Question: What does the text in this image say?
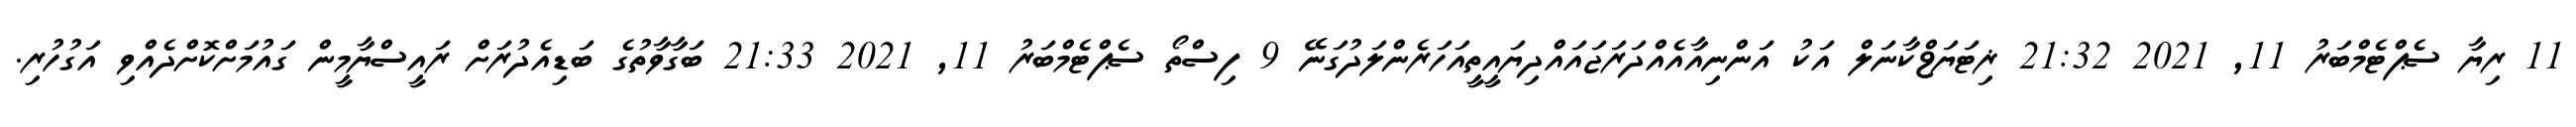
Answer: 11 ރިޔާ ސެޕްޓެމްބަރު 11, 2021 21:32 ޜިޓަޔަޱްކާނަލް އަކު އަންނިއާއެއްދަރަޖައައްދިޔައީތީއަހަރެންލަދުގަނޭ 9 ފިސްތޯ ސެޕްޓެމްބަރު 11, 2021 21:33 ބަގާވާތުގެ ބަޑިއެދުރަށް ރައީސްޔާމީން ގައުމަށްކޮށްދެއްވި އަގުހުރި.